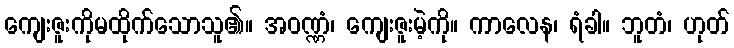
ကျေးဇူးကိုမထိုက်သောသူ၏။ အဝဏ္ဏံ၊ ကျေးဇူးမဲ့ကို။ ကာလေန၊ ရံခါ။ ဘူတံ၊ ဟုတ်